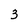
Character: 3